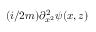
( i / 2 m ) \partial _ { x ^ { 2 } } ^ { 2 } \psi ( x , z )